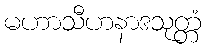
မဟာသီဟနာဒသုတ္တံ